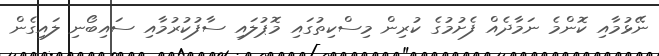
ނޭޅުމާއި ކޮންމެ ނަމާދެއް ފެށުމުގެ ކުރިން މިސްކިތުގައި މޮޕުލައި ސާފުކުރުމާއި ސައިބޯނި ލައިގެން